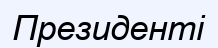
Президенті